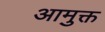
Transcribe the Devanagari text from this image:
आमुक्त